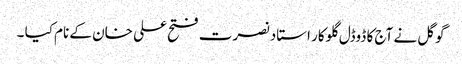
گوگل نے آج کا ڈوڈل گلوکار استاد نصرت فتح علی خان کے نام کیا ۔